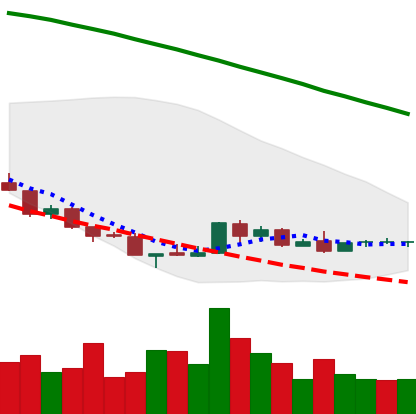
Ticker: NEO-USD
Chart end date: 2018-08-26
Forward return: 13.928%
Label: up_7plus